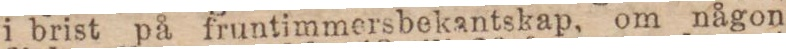
i brist på fruntimmersbekantskap, om någon